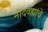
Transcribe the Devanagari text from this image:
नोंदवह्यांचे